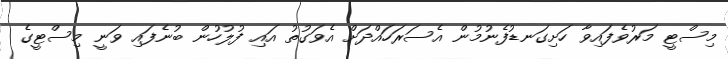
މިސްޓީ މަރުވެފައިވާ ހަށިގަނޑުފެނުމުން އެސަރަހައްދަށް އެވަގުތު އައި ފުލުހުން ބުނެފައި ވަނީ މިސްޓީގެ